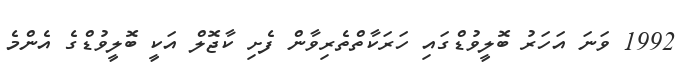
1992 ވަނަ އަހަރު ބޮލީވުޑްގައި ހަރަކާތްތެރިވާން ފެށި ކާޖޮލް އަކީ ބޮލީވުޑްގެ އެންމެ